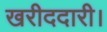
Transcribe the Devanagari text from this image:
खरीददारी।